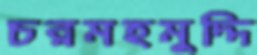
চরমহমুদ্দি